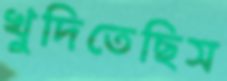
খুদিতেছিস